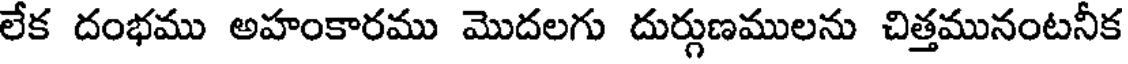
లేక దంభము అహంకారము మొదలగు దుర్గుణములను చిత్తమునంటనీక